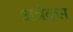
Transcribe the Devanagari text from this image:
अन्नेक्स